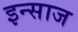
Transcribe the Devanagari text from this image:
इन्साज